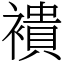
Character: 䙡